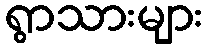
ရွာသားများ